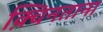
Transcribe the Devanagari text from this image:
क़्विनताना